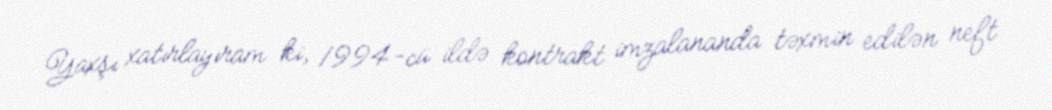
Yaxşı xatırlayıram ki, 1994-cü ildə kontrakt imzalananda təxmin edilən neft